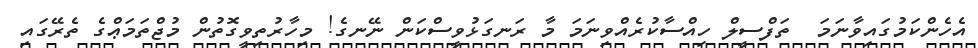
އެހެންކަމުގައިވާނަމަ  ތަފްސީލް ހިއްސާކުރެއްވިނަމަ މާ ރަނގަޅުވީސްކަން ނޭނގެ! މިހާރުތިވީގޮތުން މުޖްތަމަޢްގެ ތެރޭގައި